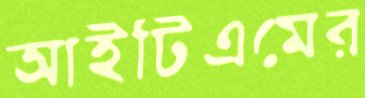
আইটিএমের